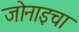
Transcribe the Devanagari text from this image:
जोनाइचा